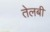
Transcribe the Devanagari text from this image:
तेलबी